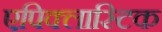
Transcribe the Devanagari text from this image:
एपिक्लास्टिक